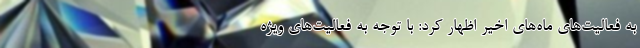
به فعالیت‌های ماه‌های اخیر اظهار کرد: با توجه به فعالیت‌های ویژه